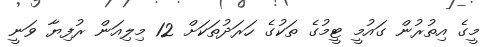
މީގެ އިތުރުން ގައުމީ ޓީމުގެ ތަކުގެ ހަރަދުތަކަށް 12 މިލިއަން ރުފިޔާ ވަނީ